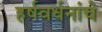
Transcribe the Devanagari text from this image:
हर्षवर्धनांचे